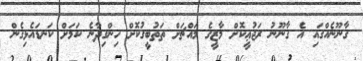
ގާނޫނެއްގައި އެ ގާނޫނު ރަޖުޢީކޮށް މާޒީގެ މައްޗަށް ތަތުބީގުކޮށް ހިންގިދާނެ ކަމަށް ކަނޑައެޅިގެން